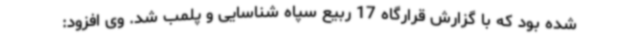
شده بود که با گزارش قرارگاه 17 ربیع سپاه شناسایی و پلمب شد. وی افزود: